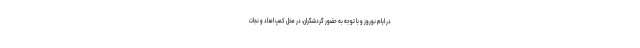
در ایام نوروز و با توجه به حضور گردشگران، در محل کمپ امداد و نجات